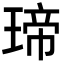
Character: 𤧛